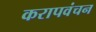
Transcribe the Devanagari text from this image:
करापवंचन